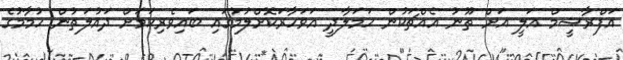
އަފްރާޝީމް އަލީ އަށް ތޫނު އެއްޗަކުން ހަމަލާދީ އަވަހާރަކޮށްލުމުގައި ބައިވެރިކަމަށް ދައުލަތުން ހުމާމުގެ